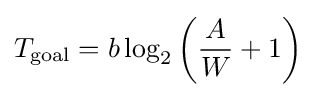
T_{\text{goal}}=b\log _{2}\left({\frac {A}{W}}+1\right)